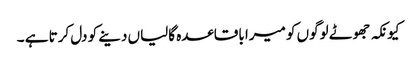
کیونکہ جھوٹے لوگوں کو میرا باقاعدہ گالیاں دینے کو دل کرتا ہے ۔